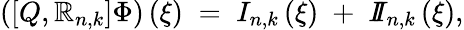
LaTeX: \left(\left[Q,\mathbb{R}_{n,k}\right]\Phi\right)\left(\xi\right)\; =\; I_{n,k}\left(\xi\right)\; +\; I\! \! I_{n,k}\left(\xi\right),